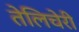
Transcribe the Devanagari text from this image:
तेलिचेरी